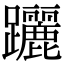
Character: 躧